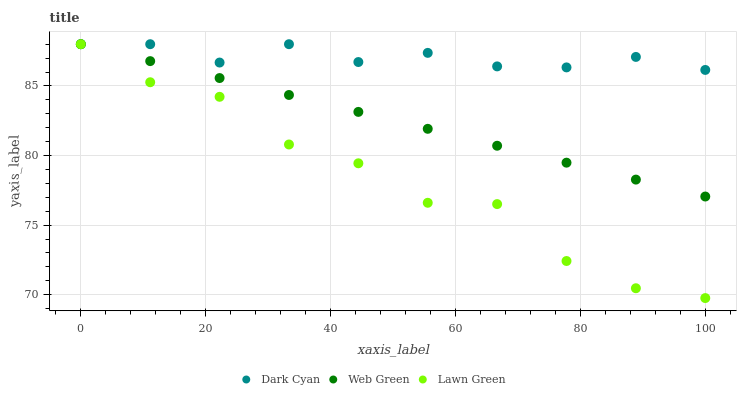
| xaxis_label | Dark Cyan | Web Green | Lawn Green |
 | --- | --- | --- | --- |
 | 0 | 88 | 88 | 88 |
 | 11.1 | 88 | 86.8 | 85.3 |
 | 22.2 | 86.7 | 85.6 | 84.2 |
 | 33.3 | 88 | 84.4 | 80.8 |
 | 44.4 | 86.7 | 83.1 | 79.4 |
 | 55.6 | 87.4 | 81.9 | 76.6 |
 | 66.7 | 86.4 | 80.7 | 76.5 |
 | 77.8 | 86.3 | 79.5 | 72.4 |
 | 88.9 | 87.1 | 78.3 | 70.5 |
 | 100 | 86.2 | 77.1 | 69.8 |